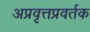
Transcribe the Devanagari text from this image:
अप्रवृत्तप्रवर्तक